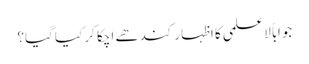
جواباً لاعلمی کا اظہار کندھے اچکا کر کیا گیا؟